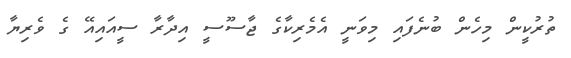
ތުރުކީން މިހެން ބުނެފައި މިވަނީ އެމެރިކާގެ ޖާސޫސީ އިދާރާ ސީއައިއޭ ގެ ވެރިޔާ